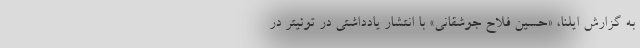
به گزارش ایلنا، «حسین فلاح جوشقانی» با انتشار یادداشتی در توئیتر در